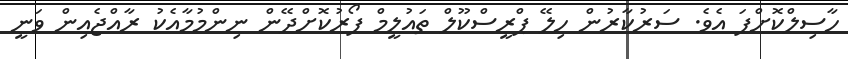
ހާސިލްކޮށްފަ އެވެ. ސަރުކާރުން ހިލޭ ޕްރީސްކޫލް ތައުލީމް ފޯރުކޮށްދޭން ނިންމުމާއެކު ރާއްޖެއިން ވަނީ